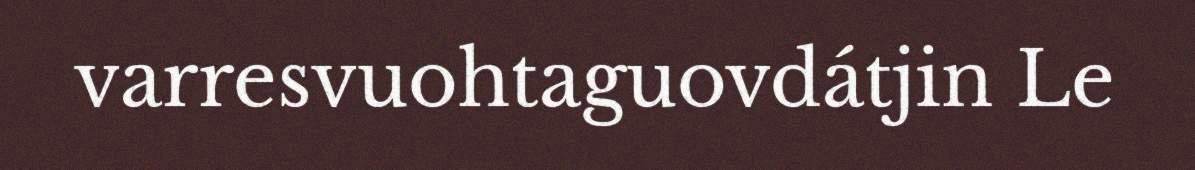
varresvuohtaguovdátjin Le